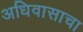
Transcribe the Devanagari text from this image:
अधिवासाचा